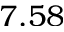
7 . 5 8